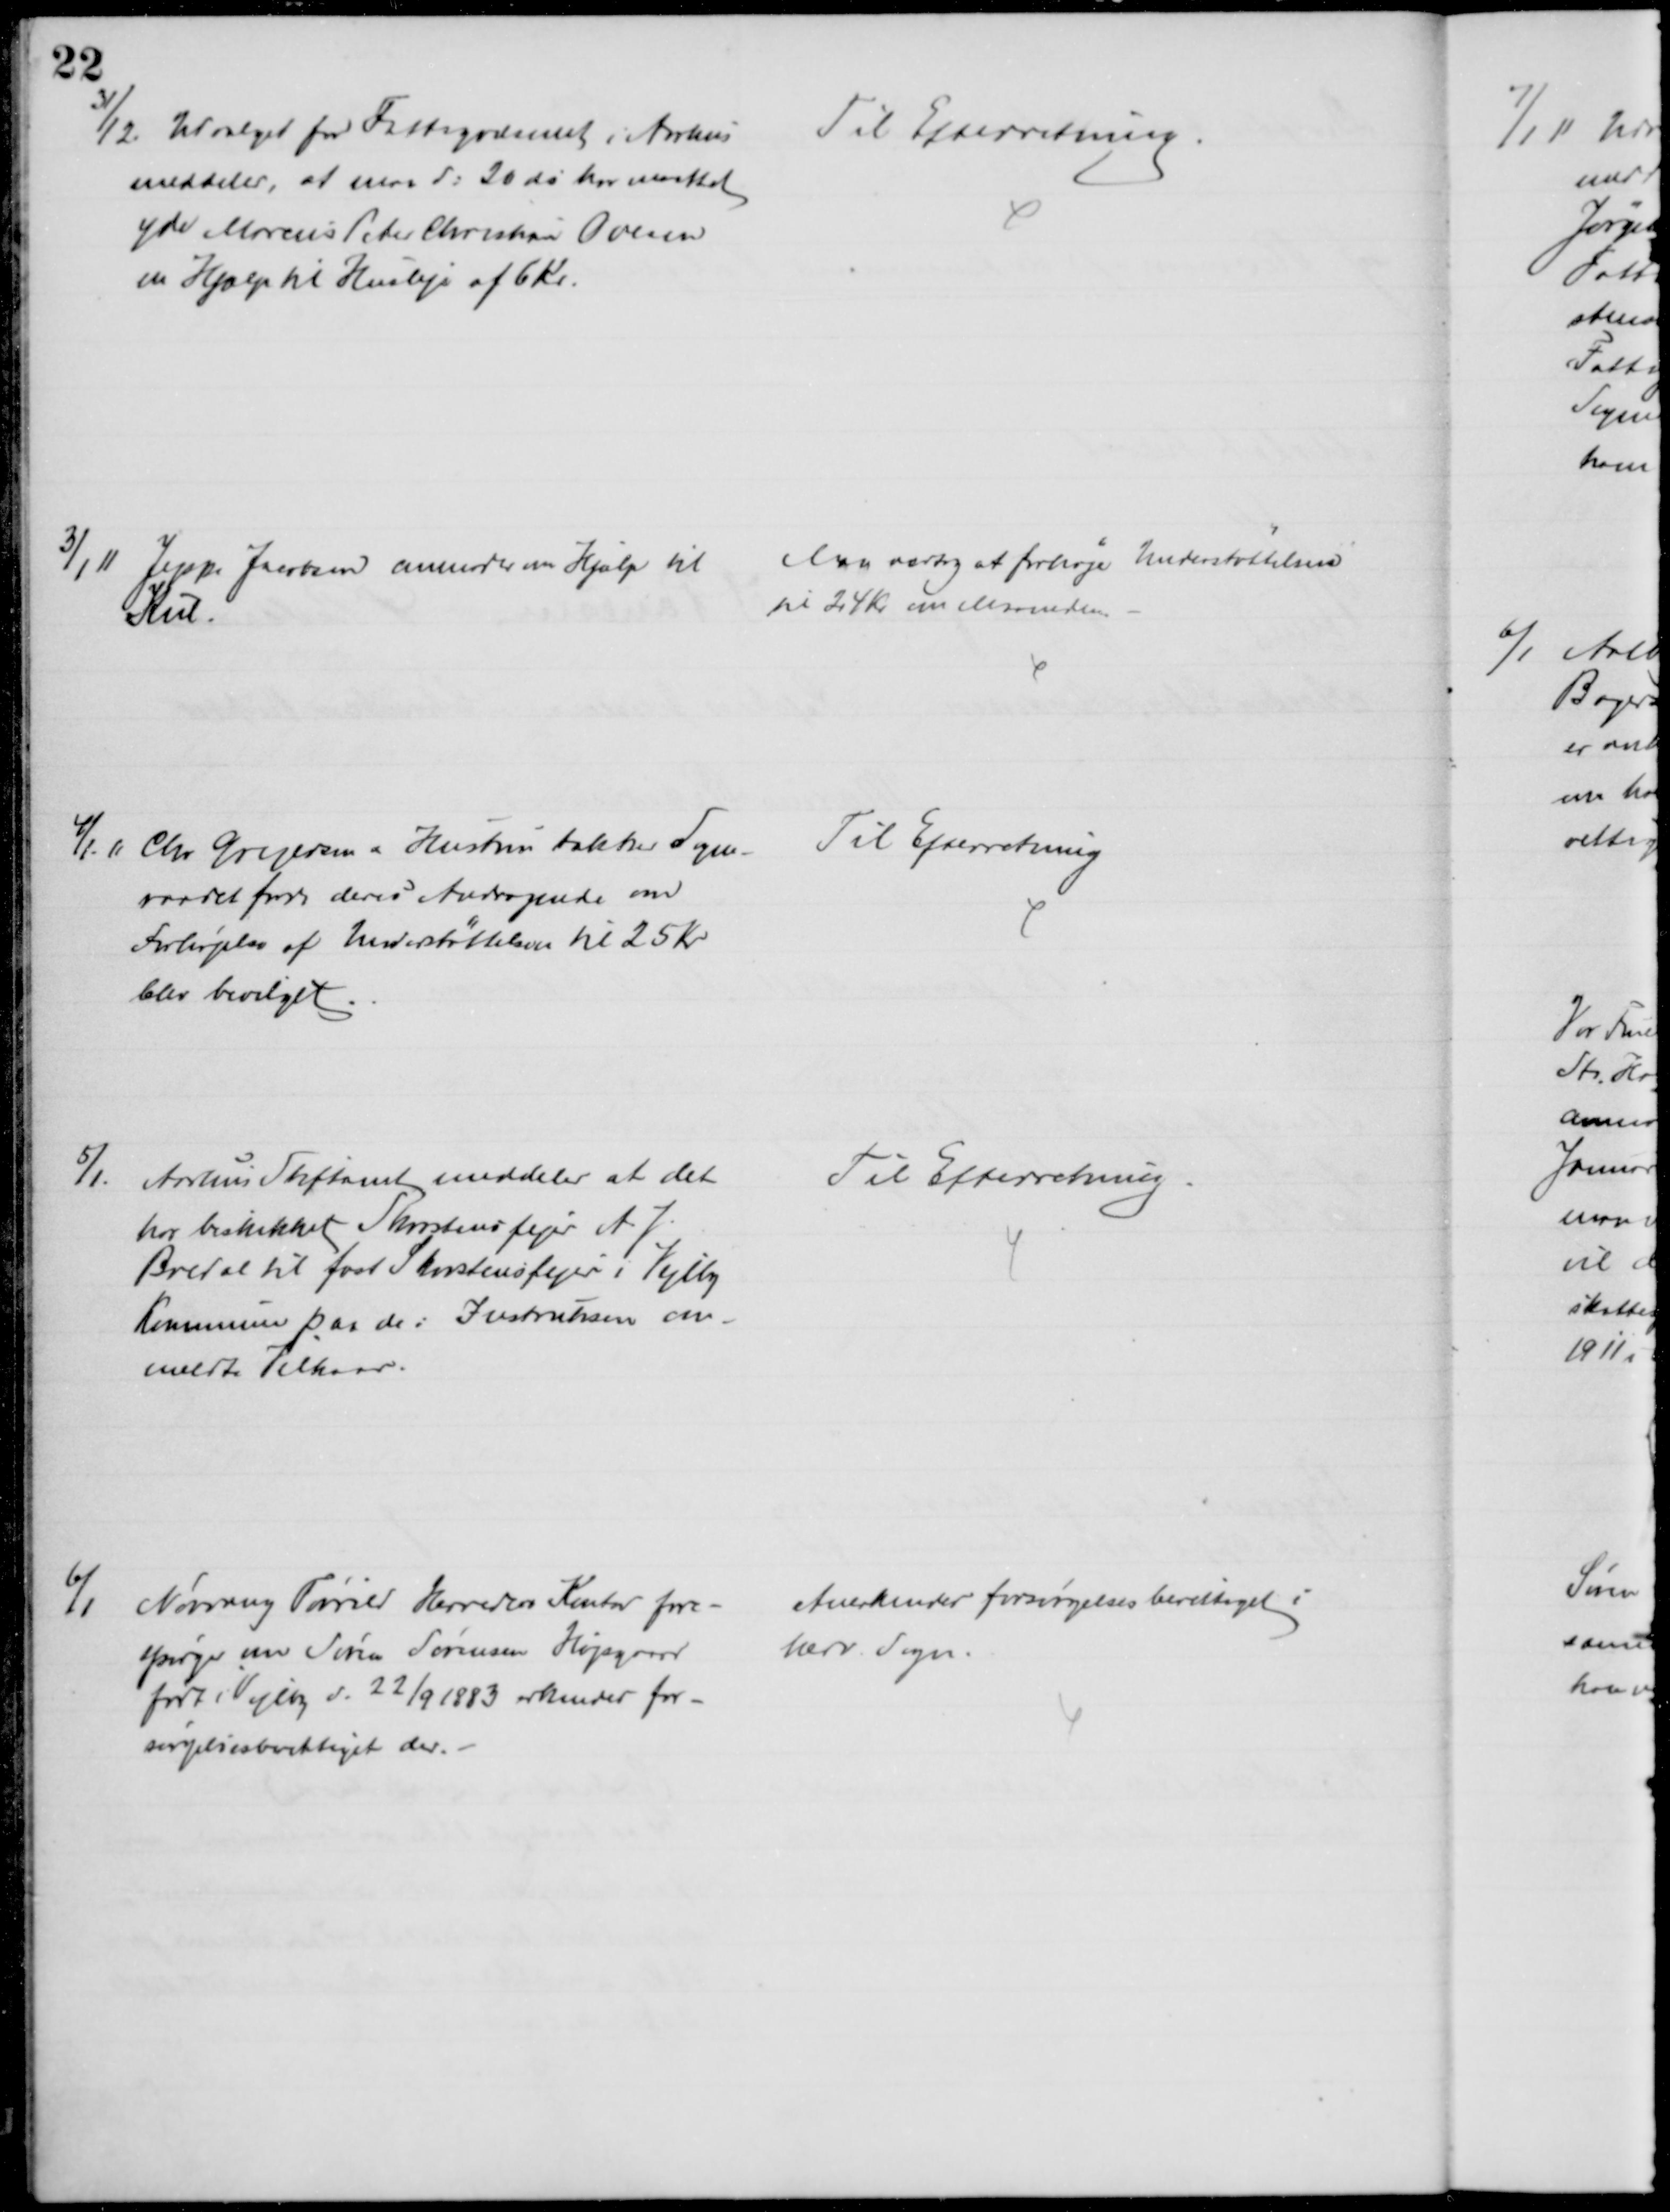
Transskription:
31/12 Udvalget for Fattigvæsenet i Aarhus
meddeler, at man d: 20 ds har maattet
yde Marcus Peter Christian Ovesen
en Hjælp til Husleje af 6 Kr.
Til Efterretning
3/1 11 Jeppe Jacobsen anmoder om Hjælp til
Kul.
Man vedtog at forhøje Understøttelsen
til 24 Kr. om Maaneden
4/1.11 Chr. Gregersen & Hustru takker Sogne-
raadet fordi deres Andragende om
Forhøjelse af Understøttelsen til 25 Kr.
blev bevilget
Til Efterretning
5/1.
Aarhus Stiftamt meddeler at det
har beskikket Skorstensfejer A. J.
Bredal til fast Skorstensfejer i Vejlby
Kommune paa de i Instruksen om-
meldte Vilkaar.
Til Efterretning.
6/1
Nørvang Tørrild Herreders Kontor fore-
spørger om Søren Sørensen Højsgaard
født i Vejlby d. 22/9 1883 erkendes for-
sørgelsesberettiget der. 
Anerkendes forsørgelsesberettiget i
herv. Sogn.